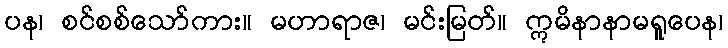
ပန၊ စင်စစ်သော်ကား။ မဟာရာဇ၊ မင်းမြတ်။ ဣမိနာနာမရူပေန၊